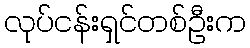
လုပ်ငန်းရှင်တစ်ဦးက